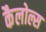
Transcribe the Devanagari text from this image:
कैलोल्स